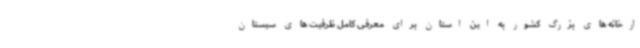
ارخانه های بزرگ کشور به این استان برای معرفی کامل ظرفیت های سیستان